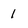
Character: 1